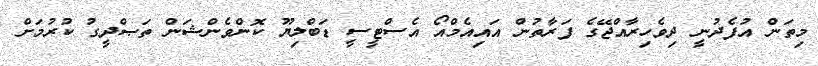
މިތަން އުފެދުނީ ދިވެހިރާއްޖޭގެ ފަރާތުން އައިއެމްއޯ އެސްޓީސީ ޑަބްލިޔޫ ކޮންވެންޝަން ތަޞްދީގު ކުރުމަށް